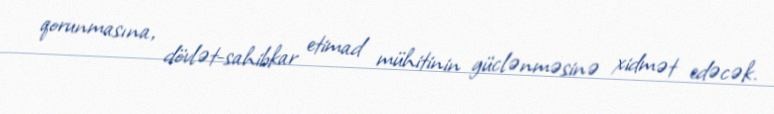
qorunmasına, dövlət-sahibkar etimad mühitinin güclənməsinə xidmət edəcək.